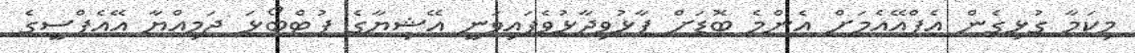
މިކަމާ ގުޅިގެން އެފްއޭއެމަށް އެންމެ ބޮޑަށް ފާޅުވިދާޅުވެފައިވަނީ އޭޝިޔާގެ ފުޓްބޯޅަ ޖަމިއްޔާ އޭއެފްސީގެ